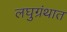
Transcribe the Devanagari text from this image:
लघुग्रंथात